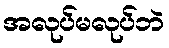
အလုပ်မလုပ်ဘဲ